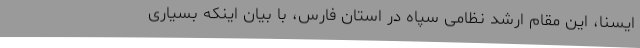
ایسنا، این مقام ارشد نظامی سپاه در استان فارس، با بیان اینکه بسیاری